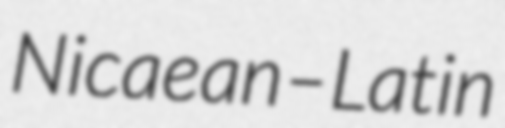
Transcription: Nicaean–Latin